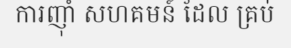
ការញ៉ាំ សហគមន៍ ដែល គ្រប់